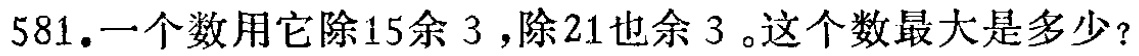
581. 一个数用它除15余 3，除21也余 3。这个数最大是多少？